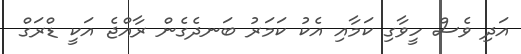
އަދި ވެސް ހީވާގި ކަމާއި އެކު ކަމަރު ބަނދެގެން ރާއްޖެ އަކީ ޑްރަގް